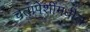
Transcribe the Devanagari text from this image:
चेतापेशींमधील